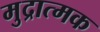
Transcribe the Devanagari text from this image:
मुद्रात्मक